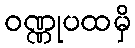
ဝဏ္ဏုပထမှိ